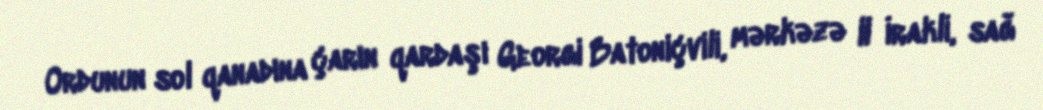
Ordunun sol qanadına çarın qardaşı Georgi Batoniçvili, mərkəzə II İrakli, sağ